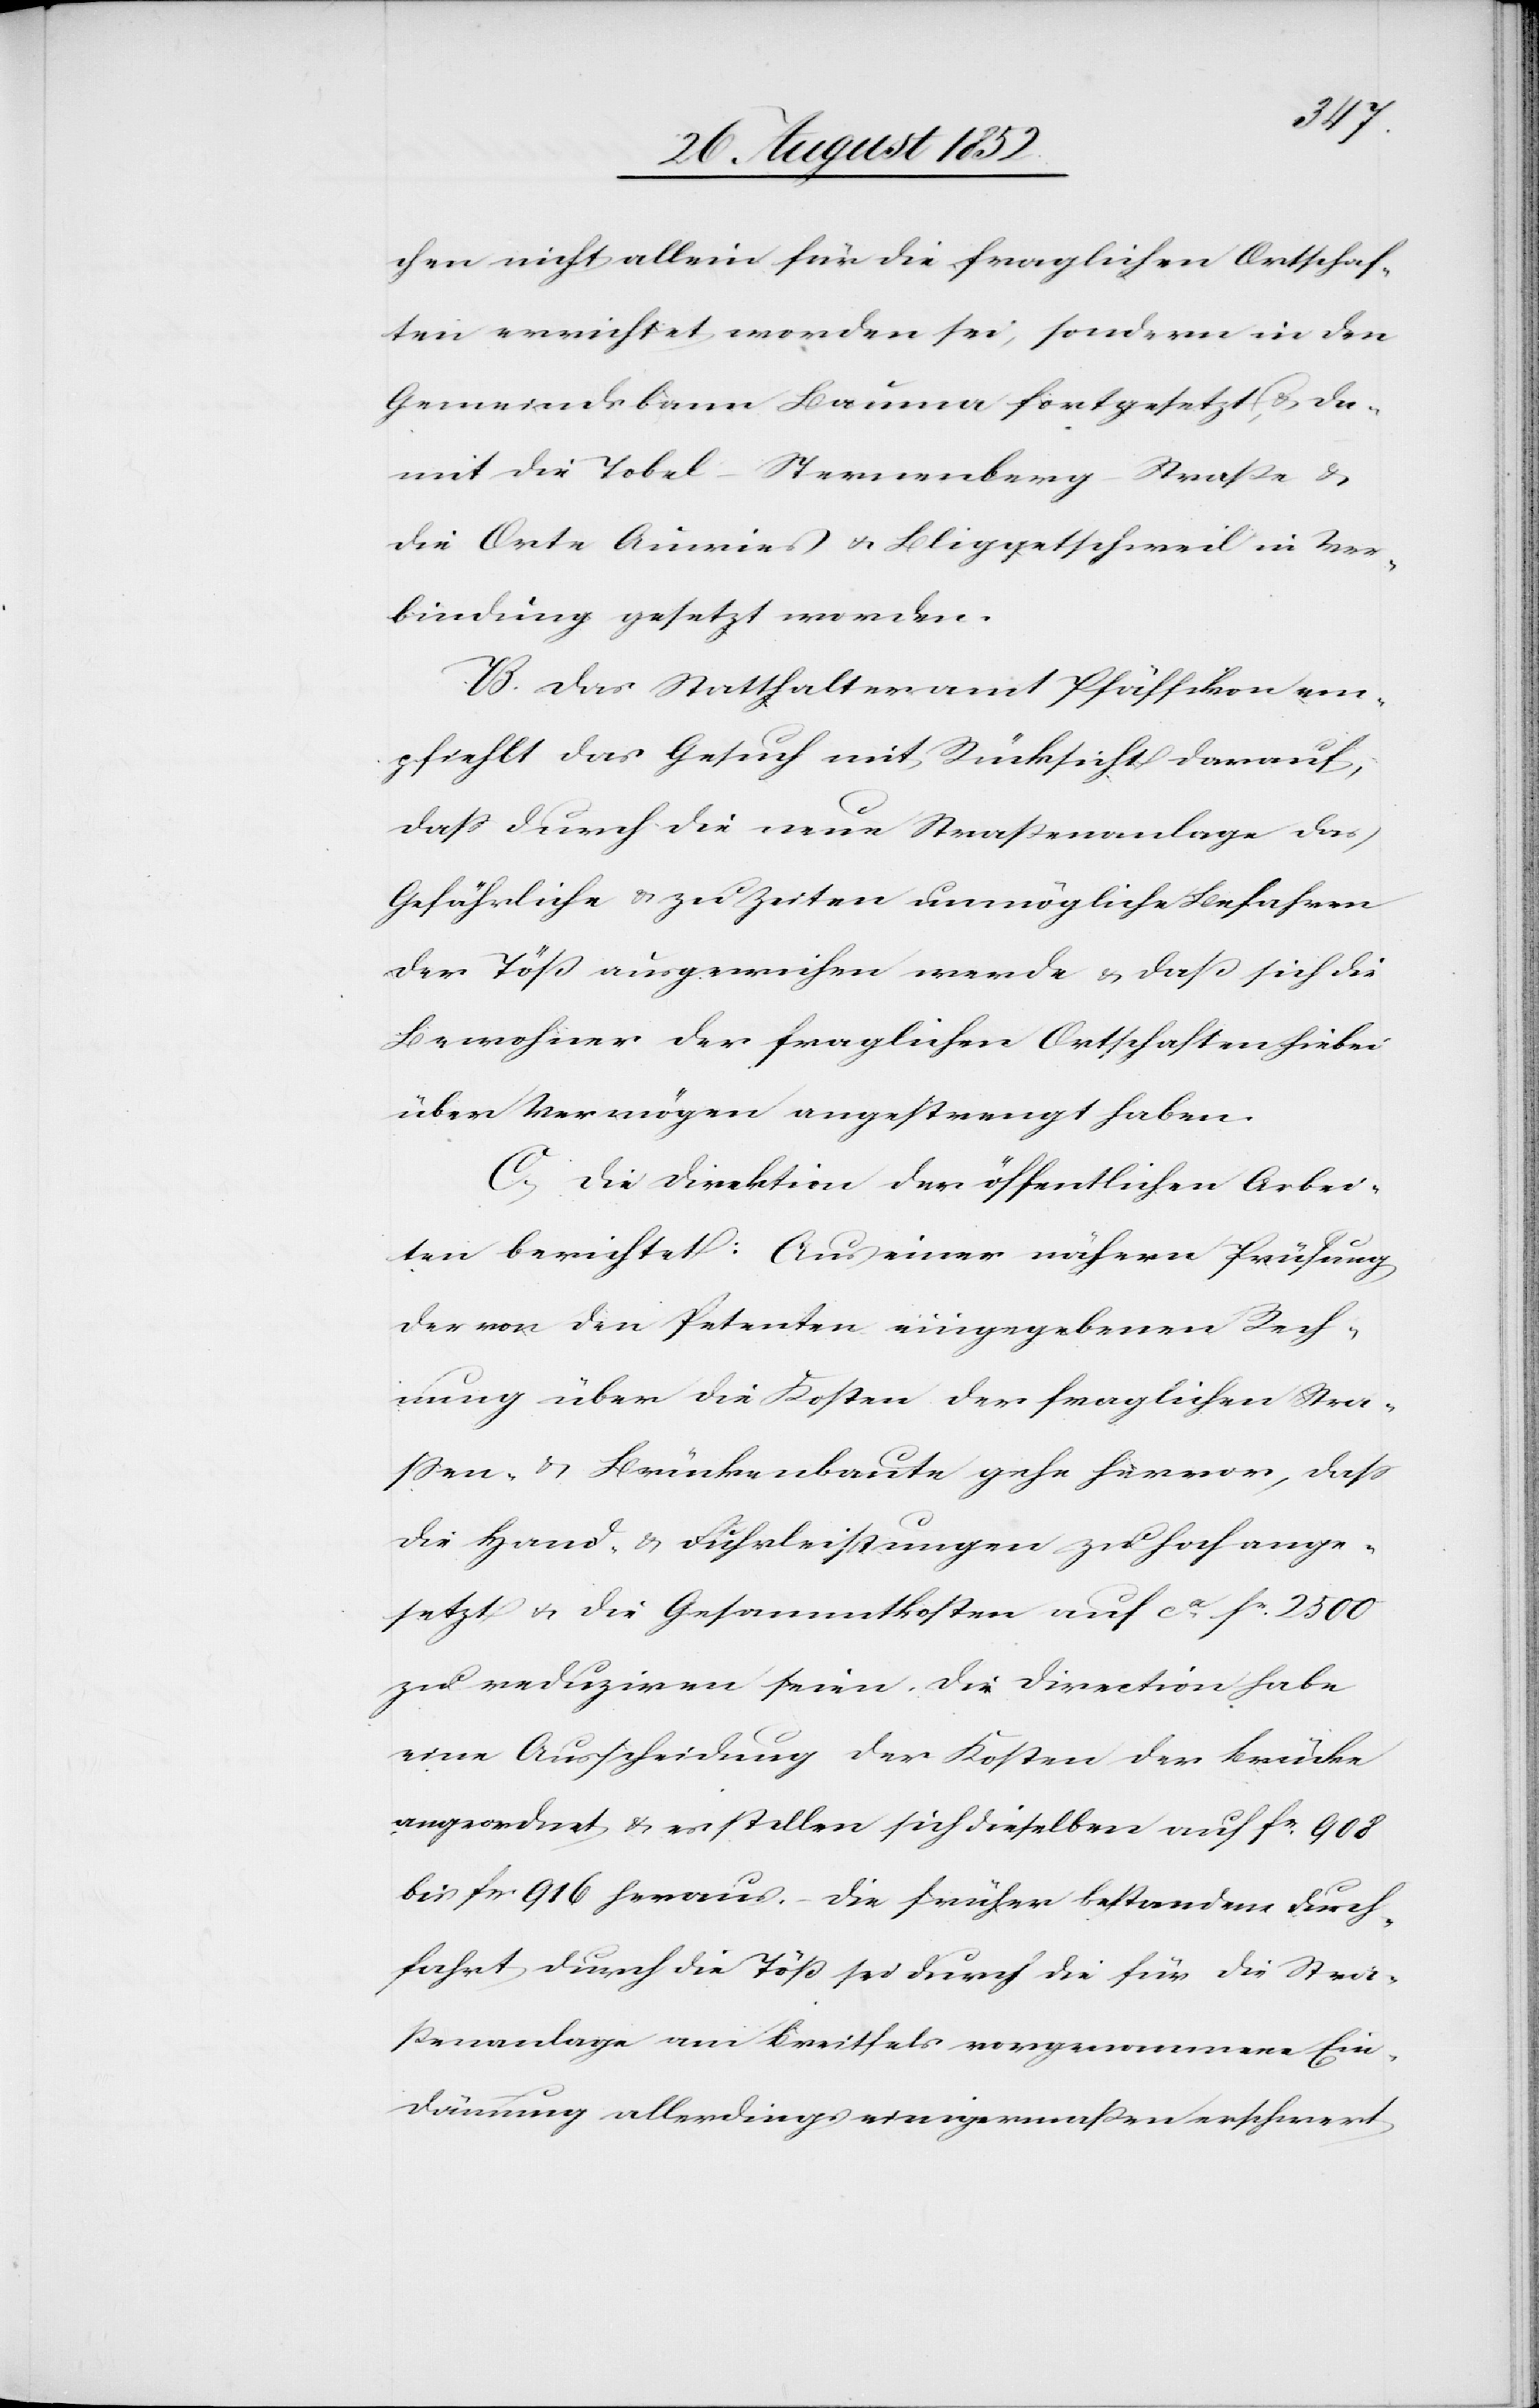
chen nicht allein für die fraglichen Ortschaf¬
ten errichtet worden sei, sondern in den
Gemeindsbann Bauma fortgesetzt, & da¬
mit die Tobel-Sternenberg-Straße &
die Orte Auwies & Bliggetschweil in Ver¬
bindung gesetzt worden.
B. Das Statthalteramt Pfäffikon em¬
pfiehlt das Gesuch mit Rücksicht darauf,
dass durch die neue Straßenanlage das
Gefährliche & zu Zeiten unmögliche Befahren
der Töß ausgewichen werde & daß sich die
Bewohner der fraglichen Ortschaften hiebei
über Vermögen angestrengt haben.
C, Die Direktion der öffentlichen Arbei¬
ten berichtet: Aus einer nähern Prüfung
der von den Petenten eingegebenen Rech¬
nung über die Kosten der fraglichen Stra¬
ssen- & Brückenbaute gehe hervor, dass
die Hand- & Fuhrleistungen zu hoch ange¬
setzt & die Gesammtkosten auf ca fr. 2500
zu reduziren seien. Die Direction habe
eine Ausscheidung der Kosten der Brücke
angeordnet & es stellen sich dieselben auf fr. 908
bis fr 916 heraus. – Die früher bestandene Durch¬
fahrt durch die Töß sei durch die für die Stra¬
ßenanlage am Breitfels vorgenommene Ein¬
dämmung allerdings einigermaßen erschwert